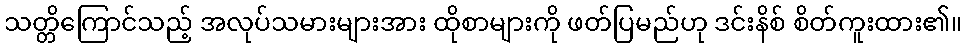
သတ္တိကြောင်သည့် အလုပ်သမားများအား ထိုစာများကို ဖတ်ပြမည်ဟု ဒင်းနိစ် စိတ်ကူးထား၏။